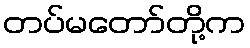
တပ်မတော်တို့က